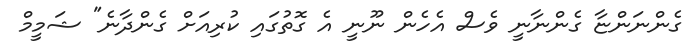
ގެންނަންޏާ ގެންނާނީ ވެސް އެހެން ނޫނީ އެ ގޮތުގައި ކުރިއަށް ގެންދާނެ" ޝަމީމް